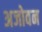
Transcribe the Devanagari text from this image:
अजोवन